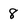
Character: 8